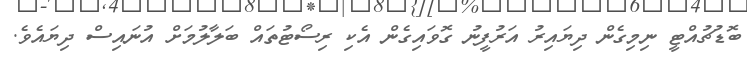
ބޮޑުޗުއްޓީ ނިމިގެން ދިޔައިރު އަރުފީނު ގޮވައިގެން އެކި ރިސޯޓުތައް ބަލާލުމަށް އުނައިސް ދިޔައެވެ.